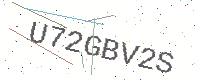
Text: U72GBV2S